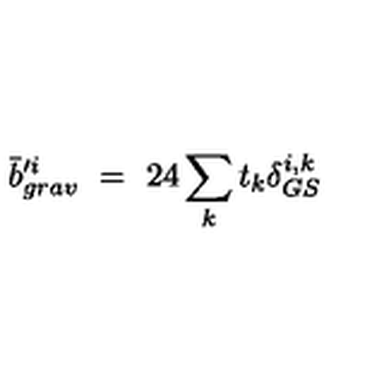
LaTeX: \bar { b } _ { g r a v } ^ { \prime i } \ = \ 2 4 \sum _ { k } t _ { k } \delta _ { G S } ^ { i , k }